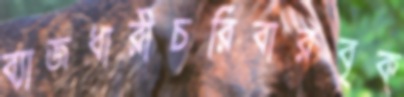
ব্যাজধারীচরিবারবৃক্